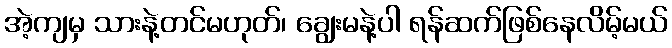
အဲ့ကျမှ သားနဲ့တင်မဟုတ်၊ ချွေးမနဲ့ပါ ရန်ဆက်ဖြစ်နေလိမ့်မယ်